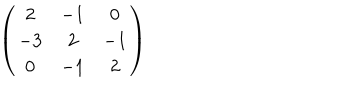
\left( \begin{matrix} { { 2 } } & { { - 1 } } & { { 0 } } \\ { { - 3 } } & { { 2 } } & { { - 1 } } \\ { { 0 } } & { { - 1 } } & { { 2 } } \\ \end{matrix} \right)